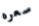
سعره